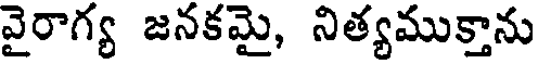
వైరాగ్య జనకమై, నిత్యముక్తాను